Paatsalu_vallavalitsus, lk 30
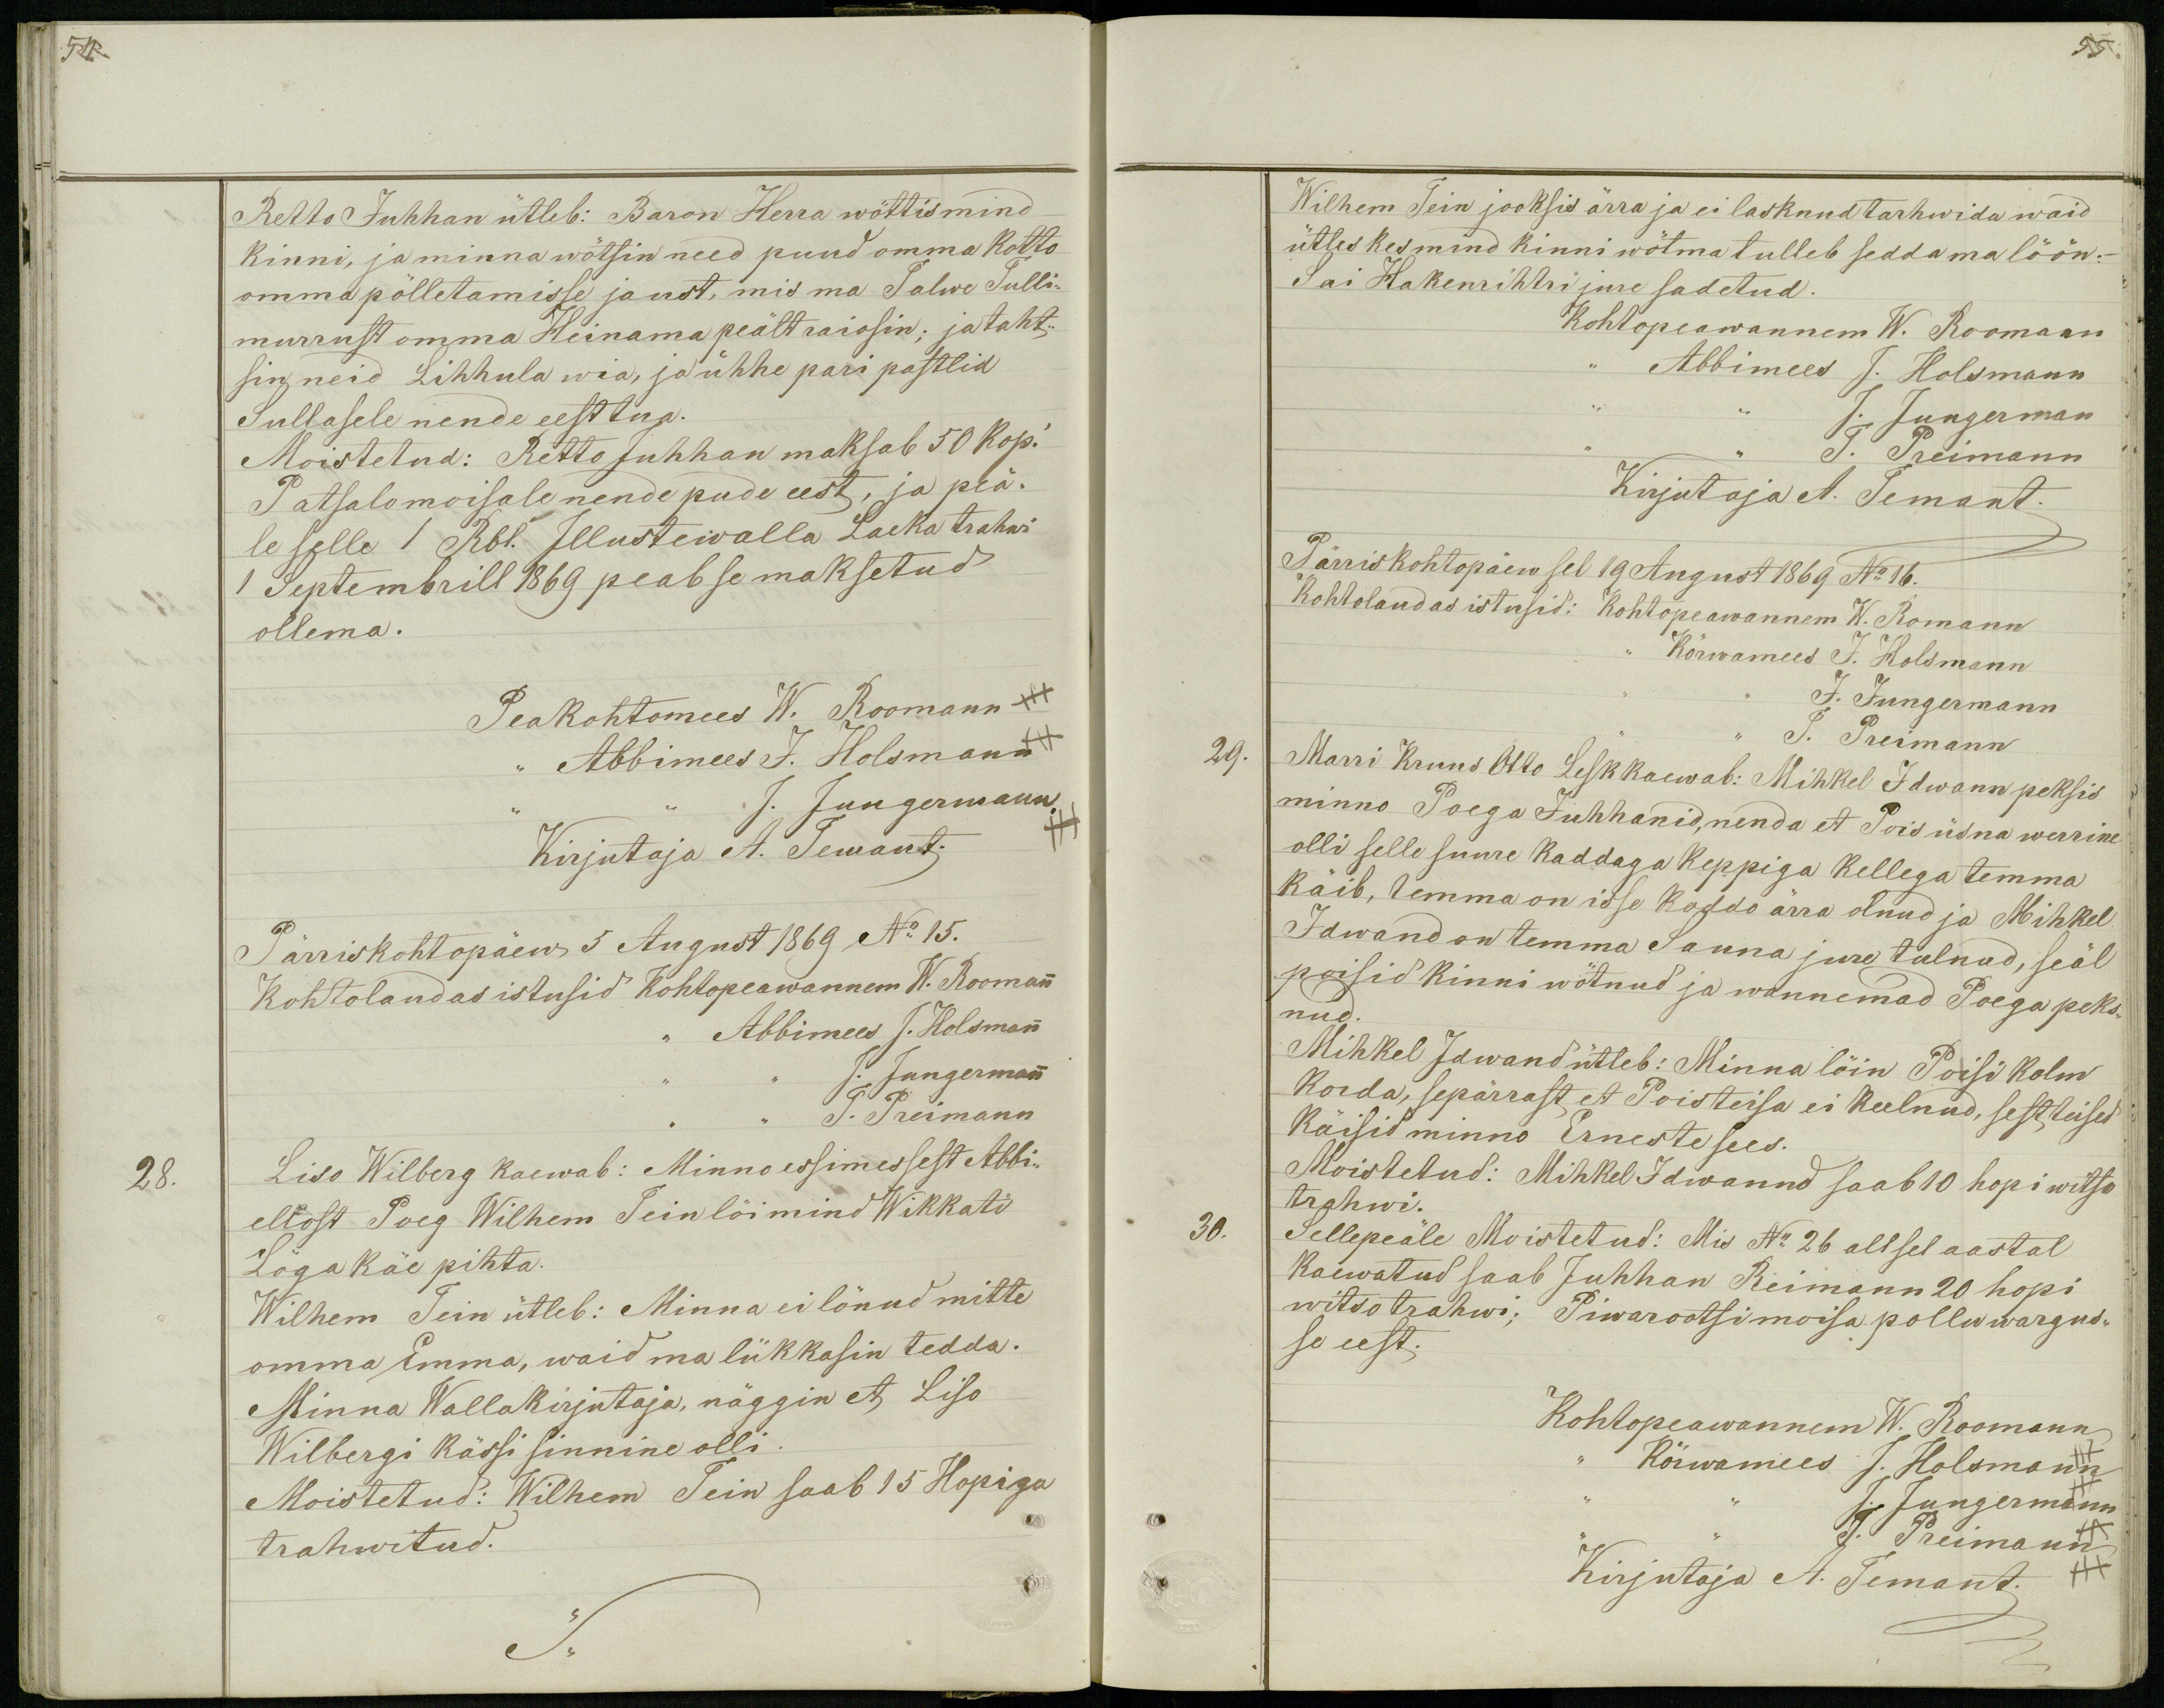
54.

55.

Retto Juhhan ütleb: Baron Herra wöttis mind
kinni, ja minna wõtsin need puud omma kotto
omma põlletamisse jaust, mis ma Talwe Tulli-
murrust omma Heinama peält raiosin; ja taht-
sin neid Lihhula wia, ja ühhe pari pastlid
Sullasele nende eest tua.
Moistetud: Retto Juhhan maksab 50 kop.`
Patsalo moisale nende pude eest, ja peä-
le selle 1 Rbl. Illustewalla Laeka trahwi
1 Septembrill 1869 peab se maksetud
ollema.
Peakohtomees W. Roomann +++
,, Abbimees J. Holsmann
J. Jungermann.
Kirjutaja A. Temant.
Pärriskohtopäew 5 August 1869 No 15.
Kohtolaudas istusid Kohtopeawannem W. Roomann
,, Abbimees J. Holsmann
J. Jungermann
J. Preimann
28.
Liso Wilberg kaewab: Minno essimessest Abbi-
ellost Poeg Wilhem Tein löi mind Wikkati
Löga käe pihta.
Wilhem Tein ütleb: Minna ei lönud mitte
omma Emma, waid ma lükkasin tedda.
Minna Wallakirjutaja, näggin et Liso
Wilbergi kässi sinnine olli.
Moistetud: Wilhem Tein saab 15 Hopiga
trahwitud.

Wilhem Tein jooksis ärra ja ei lasknud tarhwida waid
ütles kes mind kinni wõtma tulleb sedda ma löön._
Sai Hakenrihtri jure sadetud.
Kohtopeawannem W. Roomann
,, Abbimees J. Holmann
,, ,, J. Jungerman
T. Preimann
Kirjutaja A. Temant.
Pärriskohtopäew sel 19 August 1869 No 16.
Kohtolaudas istusid: Kohtopeawannem W. Romann
,, Kõrwamees J. Holsmann
J. Jungermann
J. Preimann
29.
Marri Kruus Otto Lesk kaewab: Mihkel Idwann peksis
minno Poega Juhhanid, nenda et Pois üsna werrine
olli selle suure kaddaga keppiga kellega temma
käib, temma on isse koddo ärra olnud ja Mihkel
Idwand on temma Sauna jure tulnud, seäl
poisid kinni wõtnud ja wannemad Poega peks-
nud.
Mihkel Idwand ütleb: Minna lõin Poisi kolm
korda, sepärrast et Poisteisa ei keelnud, sest teised
käisid minno Erneste sees.
Moistetud: Mihkel Idwannd saab 10 hopi witso
trahwi.
30.
Sellepeäle Moistetud: Mis No 26 all sel aastal
kaewatud saab Juhhan Reimann 20 hopi
witso trahwi; Piwarootsi moisa pollu wargus-
se eest.
Kohtopeawannem W. Roomann
,, Kõrwamees J. Holsmann
,, ,, J. Jungermann
,, J. Preimann
Kirjutaja A. Jemant.
+++